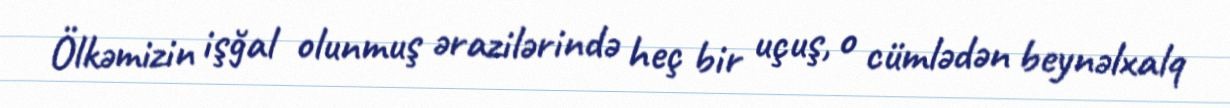
Ölkəmizin işğal olunmuş ərazilərində heç bir uçuş, o cümlədən beynəlxalq